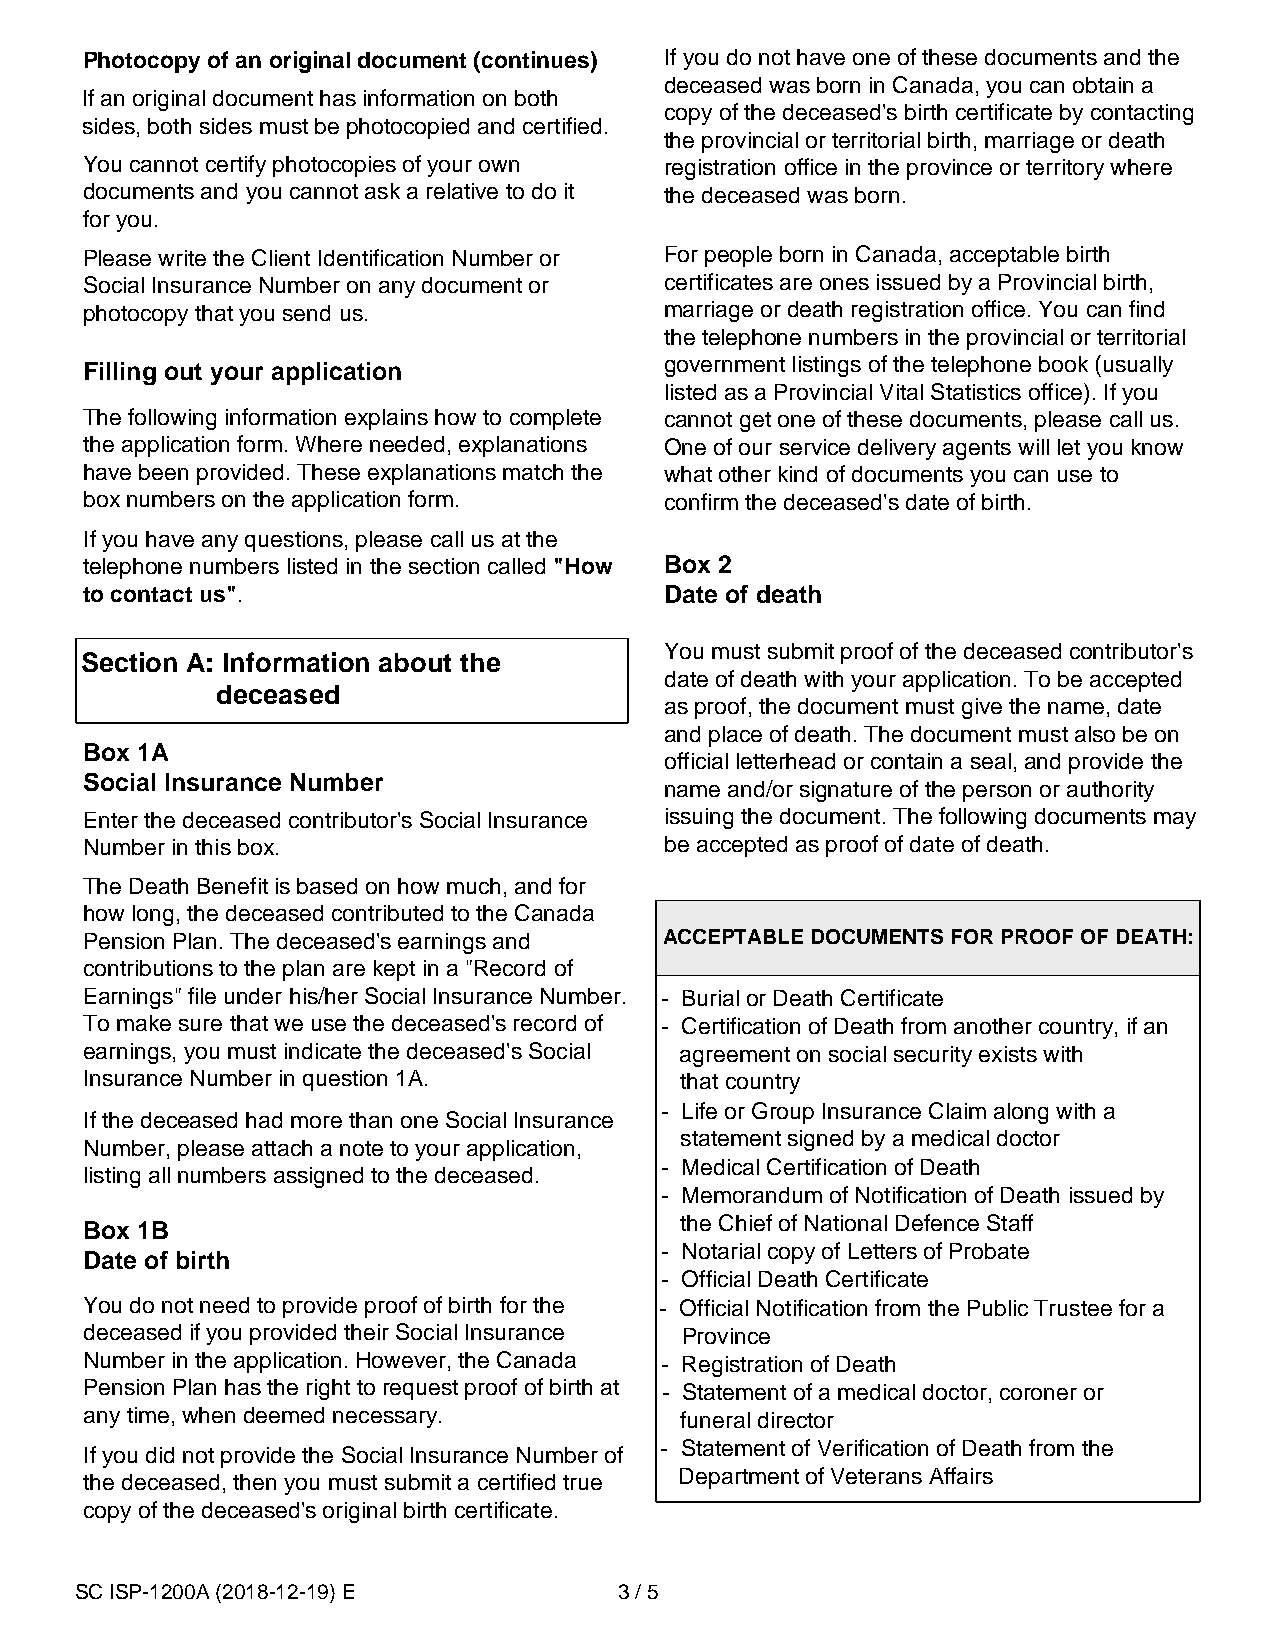
Photocopy of an original document (continues) If you do not have one of these documents and the
 deceased was born in Canada, you can obtain a
 If an original document has information on both
 copy of the deceased's birth certificate by contacting
 sides, both sides must be photocopied and certified.
 the provincial or territorial birth, marriage or death
 You cannot certify photocopies of your own registration office in the province or territory where
 documents and you cannot ask a relative to do it the deceased was born.
 for you.
 Please write the Client Identification Number or For people born in Canada, acceptable birth
 Social Insurance Number on any document or certificates are ones issued by a Provincial birth,
 photocopy that you send us.            marriage or death registration office. You can find
 the telephone numbers in the provincial or territorial
 government listings of the telephone book (usually
 Filling out your application
 listed as a Provincial Vital Statistics office). If you
 The following information explains how to complete cannot get one of these documents, please call us.
 the application form. Where needed, explanations One of our service delivery agents will let you know
 have been provided. These explanations match the what other kind of documents you can use to
 box numbers on the application form.  confirm the deceased's date of birth.
 If you have any questions, please call us at the
 telephone numbers listed in the section called "How Box 2
 to contact us".                       Date of death
 You must submit proof of the deceased contributor's
 Section A: Information about the
 date of death with your application. To be accepted
 deceased
 as proof, the document must give the name, date
 and place of death. The document must also be on
 Box 1A
 official letterhead or contain a seal, and provide the
 Social Insurance Number               name and/or signature of the person or authority
 Enter the deceased contributor's Social Insurance issuing the document. The following documents may
 Number in this box.                   be accepted as proof of date of death.
 The Death Benefit is based on how much, and for
 how long, the deceased contributed to the Canada
 Pension Plan. The deceased's earnings and ACCEPTABLE DOCUMENTS FOR PROOF OF DEATH:
 contributions to the plan are kept in a "Record of
 Earnings" file under his/her Social Insurance Number. - Burial or Death Certificate
 To make sure that we use the deceased's record of - Certification of Death from another country, if an
 earnings, you must indicate the deceased's Social agreement on social security exists with
 Insurance Number in question 1A.       that country
 - Life or Group Insurance Claim along with a
 If the deceased had more than one Social Insurance
 statement signed by a medical doctor
 Number, please attach a note to your application,
 - Medical Certification of Death
 listing all numbers assigned to the deceased.
 - Memorandum of Notification of Death issued by
 the Chief of National Defence Staff
 Box 1B
 - Notarial copy of Letters of Probate
 Date of birth
 - Official Death Certificate
 You do not need to provide proof of birth for the - Official Notification from the Public Trustee for a
 deceased if you provided their Social Insurance Province
 Number in the application. However, the Canada - Registration of Death
 Pension Plan has the right to request proof of birth at - Statement of a medical doctor, coroner or
 any time, when deemed necessary.       funeral director
 - Statement of Verification of Death from the
 If you did not provide the Social Insurance Number of
 Department of Veterans Affairs
 the deceased, then you must submit a certified true
 copy of the deceased's original birth certificate.
 SC ISP-1200A (2018-12-19) E         3 / 5